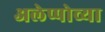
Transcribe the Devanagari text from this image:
अलेप्पोच्या